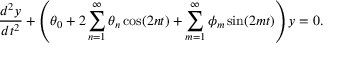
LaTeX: { \frac { d ^ { 2 } y } { d t ^ { 2 } } } + \left( \theta _ { 0 } + 2 \sum _ { n = 1 } ^ { \infty } \theta _ { n } \cos ( 2 n t ) + \sum _ { m = 1 } ^ { \infty } \phi _ { m } \sin ( 2 m t ) \right) y = 0 .